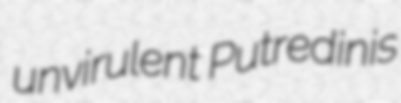
unvirulent Putredinis